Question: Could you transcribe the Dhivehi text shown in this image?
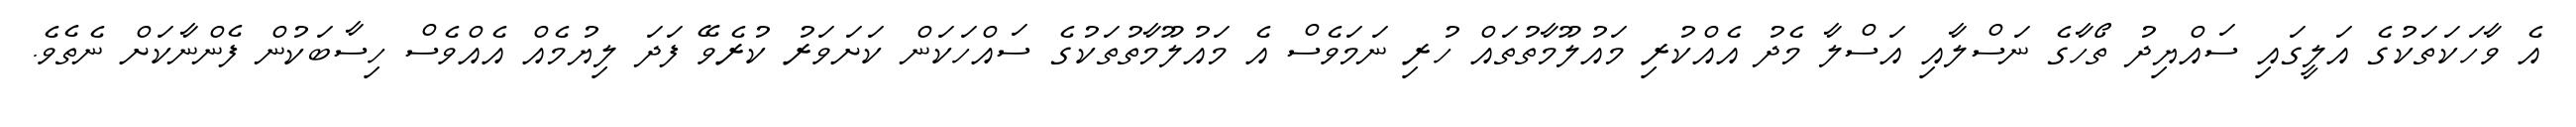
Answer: އެ ވާހަކަތަކުގެ އަލީގައި ސައްޔިދު ތޯހާގެ ނަސްލާއި އަސްލާ މެދު އެއްކުރި މައުލޫމާތުތައް ހުރި ނަމަވެސް އެ މައުލޫމާތުތަކުގެ ސައްހަކަން ކަށަވަރު ކުރެވޭ ފަދަ ލިޔުމެއް އެއްވެސް ހިސާބަކުން ފެންނާކަށް ނެތެވެ.